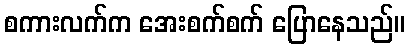
စကားလက်က အေးစက်စက် ပြောနေသည်။